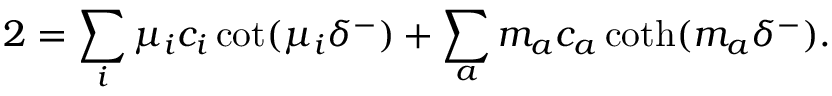
2 = \sum _ { i } \mu _ { i } c _ { i } \cot ( \mu _ { i } \delta ^ { - } ) + \sum _ { a } m _ { a } c _ { a } \coth ( m _ { a } \delta ^ { - } ) .